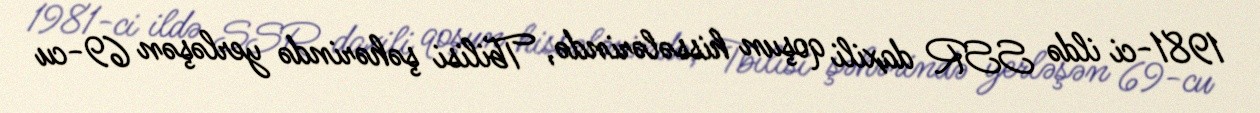
1981-ci ildə SSR daxili qoşun hissələrində, Tbilisi şəhərində yerləşən 69-cu